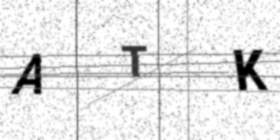
Text: ATK